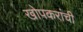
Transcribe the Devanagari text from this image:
खोपकरांची